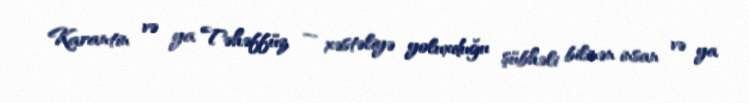
Karantin və ya Təhəffüz — xəstəliyə yoluxduğu şübhəli bilinən insan və ya